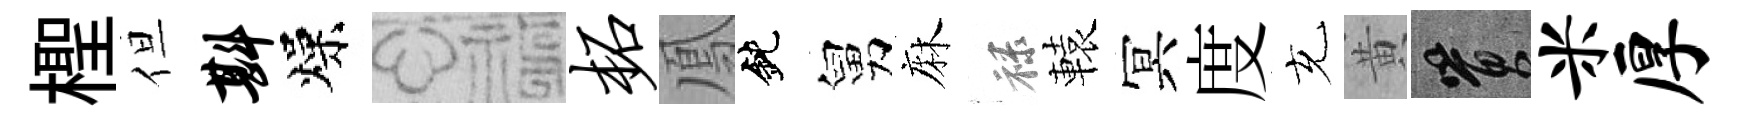
檉但斟燥福柘鳳鈍舅麻禄轅冥度充黄篔米厚